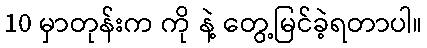
10 မှာတုန်းက ကို နဲ့ တွေ့မြင်ခဲ့ရတာပါ။